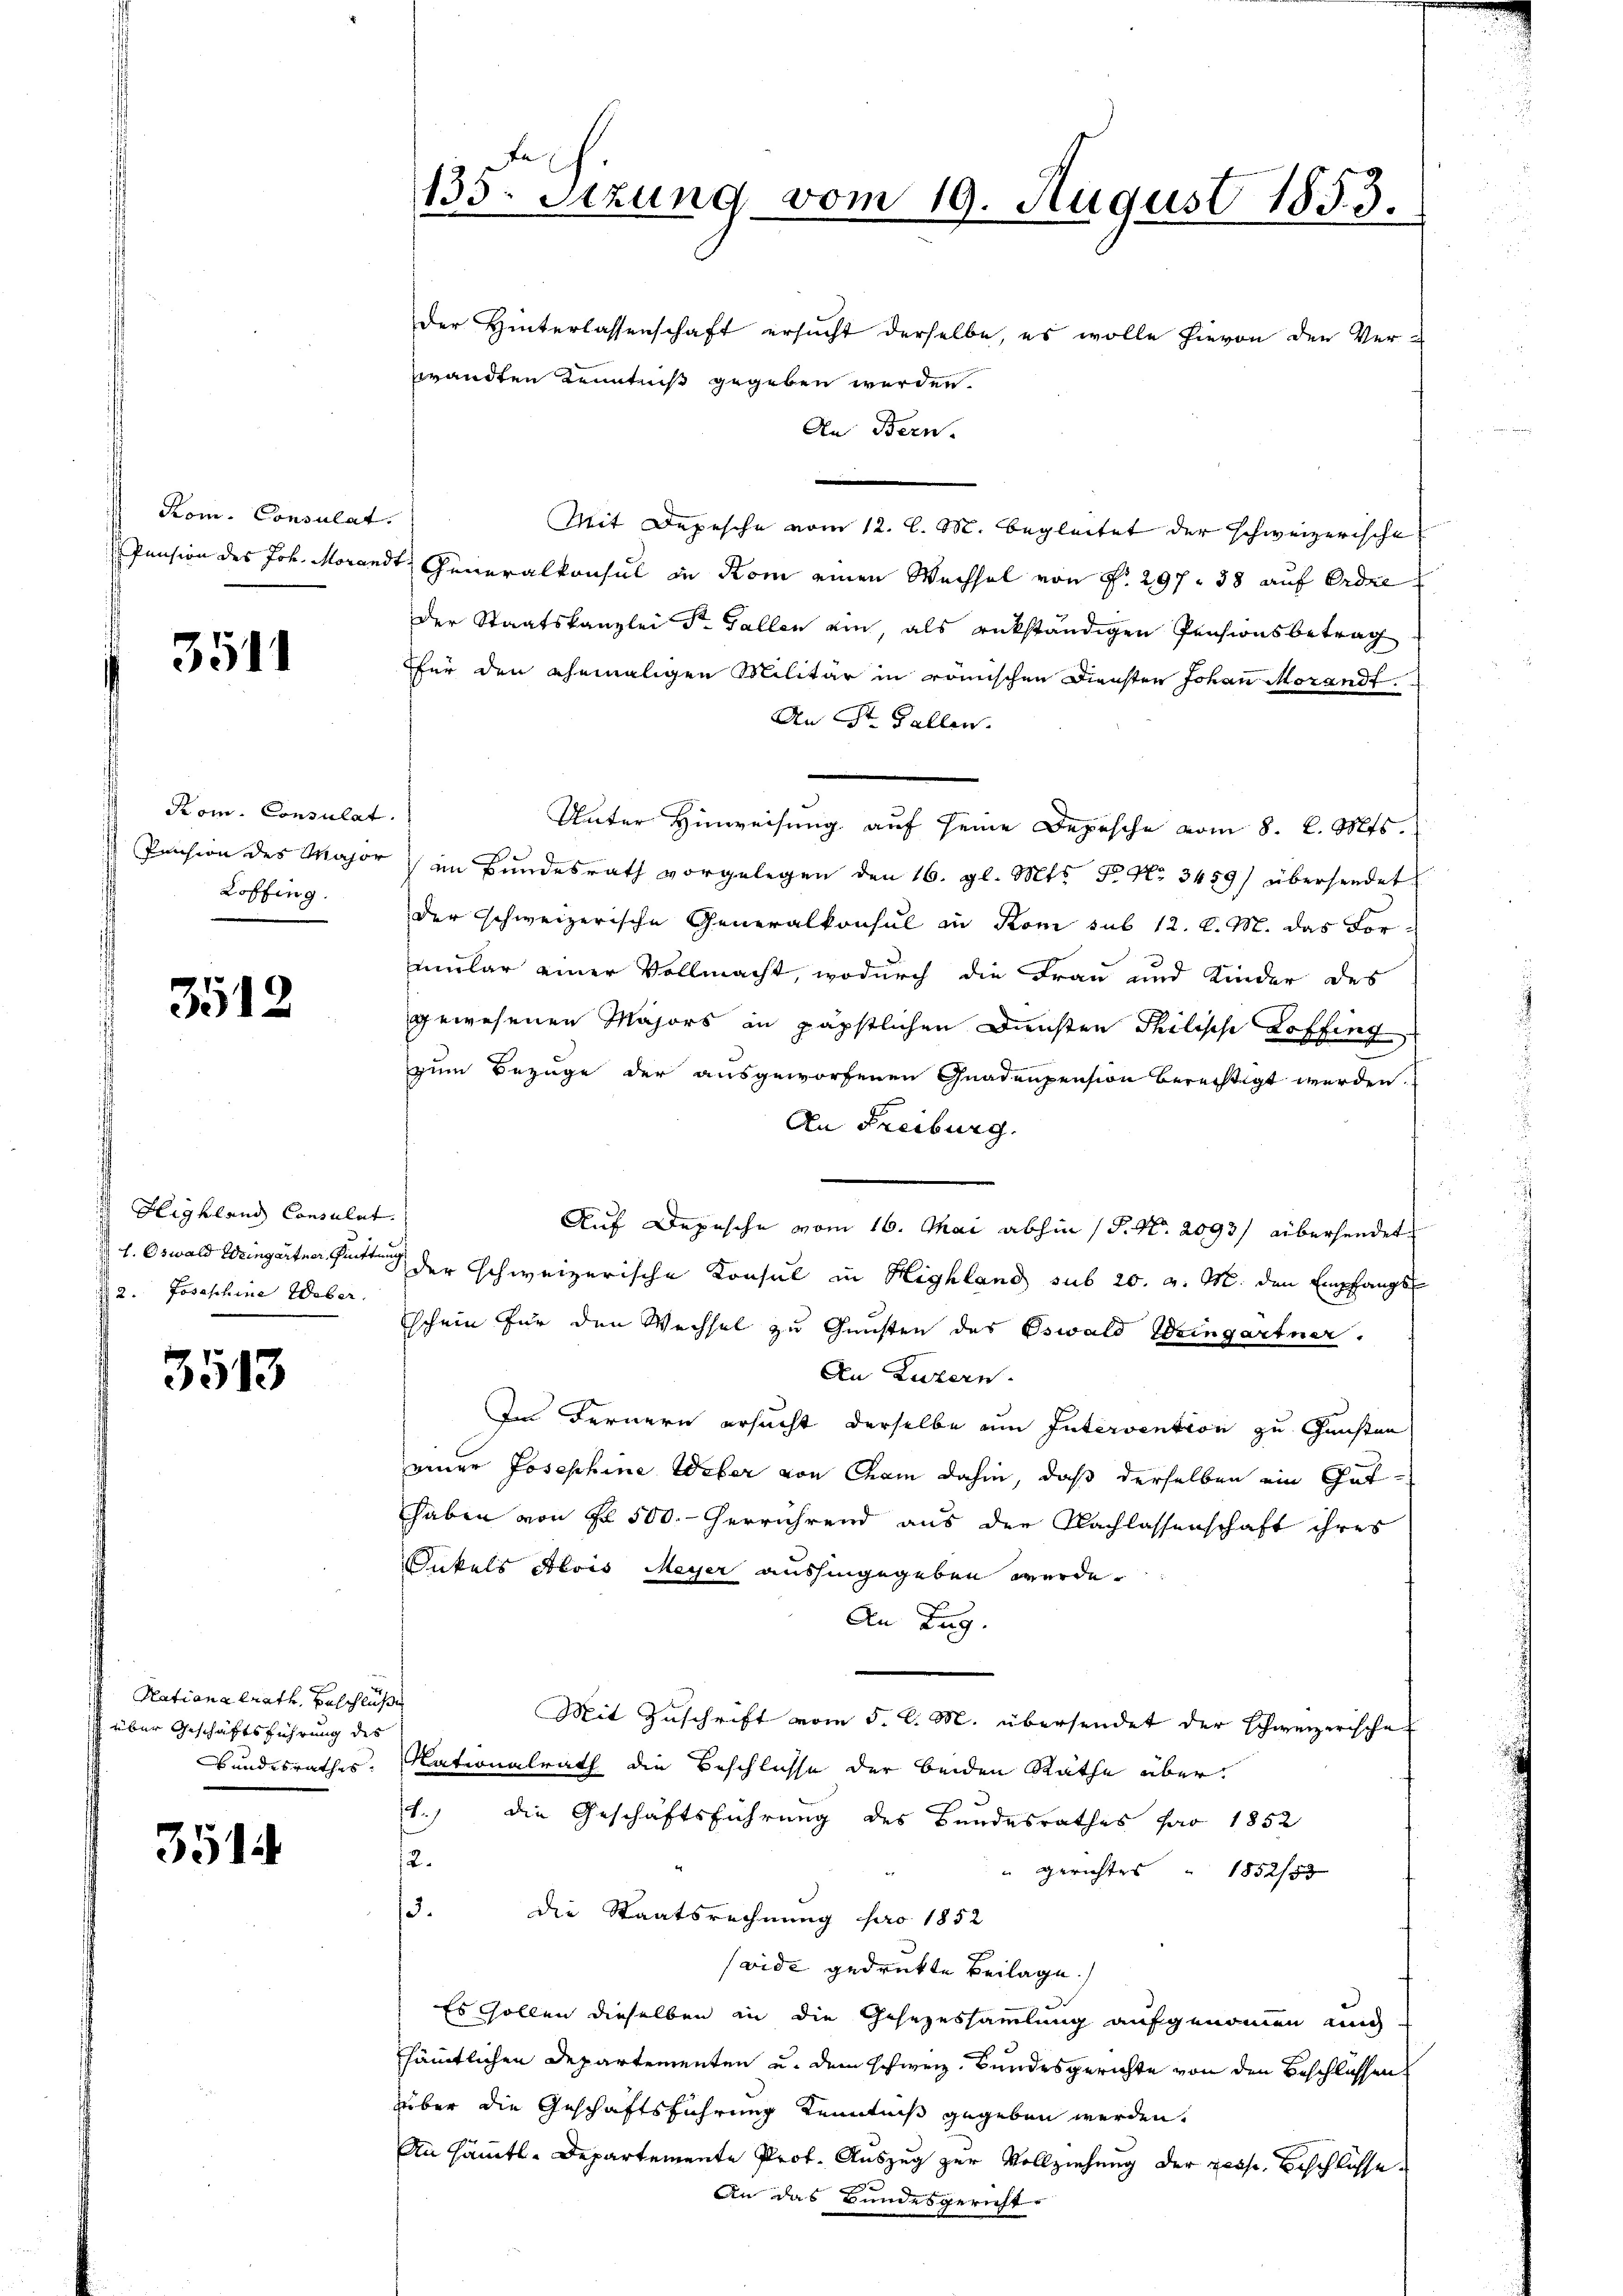
Kom. Consulat.

3511

Kom. Consulat
Loffing.

3512

Highland Canalet
12. Josephine Weber.

3513

Ratiana trath. Beschlüße
 über Geschäftsführung des

351

135. Sizung vom 19. August 1853.

der Hinterlassenschaft ersucht derselbe, es wolle hievon den Verzwandten Kenntniß gegeben werden.
An Bern.
Mit Depesche vom 12. l. M. begleitet der schweizerische
Pension des Joh. Morandt Generalkonsul in Rom einen Wechsel von P. 297. 38 auf Erdre
der Staatskanzlei S. Gallen ein, als rükständigen Pensionsbetrag
ffür den ehemaligen Militär in römischen Diensten Johan Morandt
An St. Gallen.
Unter Hinweisung auf seine Depesche vom 8. d. Mts.
Pension des Major im Bundesrath vorgelegen den 16. gl. Mts. 5. No 3459) übersendet
der schweizerische Generalkonsul in Kom sub 12. d. M. das For-
mular einer Vollmacht, wodurch die Frau und Kinder des
gewesenen Majors in päpstlichen Diensten Philische Hoffing
zum Bezüge der ausgeworfenen Gnadenpension berechtigt werden.
An Freiburg.
Auf Depesche vom 16. Mai abhin (P. Nr. 2093/ übersendet
 1. Oswald Weingarten hatte der schweizerische Konsul in Highland sub 20. v. M. den Empfangs
schein für den Wechsel zu Gunsten des Oswald Weingartner.
An Luzern.
Im Fernern ersucht derselbe am Intervention zu Gunsten
einer Josephine Weber von Cham dahin, daß derselben ein Guthaben von Fr. 500. herrührend aus der Nachlassenschaft ihres
Onkels Alois Meyer aushingegeben werde.
An Zug.
Mit Zuschrift vom 5. d. M. übersendet der schweizerische
Bundesrathes, Nationalrath die Beschlüsse der beiden Rathe über¬
1.) die Geschäftsführung des Bundesrathes pro 1852
12.
" Gerichtes 1852/53
15. die Staatsrechnung pro 1852
(vide gedrukte Beilage.
Es sollen dieselben an die Gesezessammlung aufgenommen un
sämmtlichen Departementen u. dem schweiz. Bundesgerichte von den Beschlüssen
über die Geschäftsführung Kenntniß gegeben werden.
An sämmtl. Departemente Prof. Auszug zur Vollziehung der resse. Beschlüsse.
An das Bundesgericht